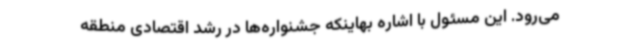
می‌رود. این مسئول با اشاره بهاینکه جشنواره‌ها در رشد اقتصادی منطقه